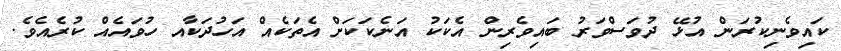
ކައިވެނިކުރަން އުޅޭ ދުވަސްވަރު ބައިވެރިން އެކަކު އަނެކަކަށް އެތަކެއް އަހުދަކާއ ހުވައެއް ކުރެއެވެ.